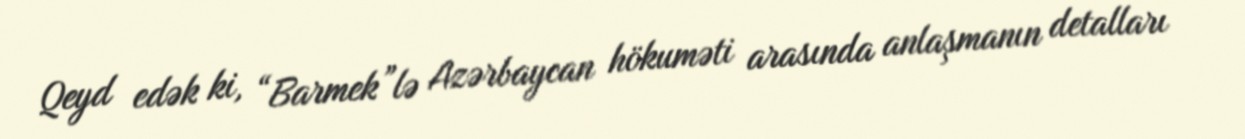
Qeyd edək ki, “Barmek”lə Azərbaycan hökuməti arasında anlaşmanın detalları